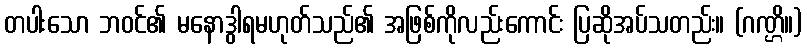
တပါးသော ဘဝင်၏ မနောဒွါရမဟုတ်သည်၏ အဖြစ်ကိုလည်းကောင်း ပြဆိုအပ်သတည်း။ (ဂဏ္ဌိ။)